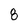
Character: 8